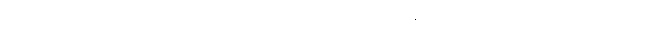
အဝေါစ၊ အဘယ်သို့ မိန့်တော်မူသနည်း။ မဟာရာဇ၊ မင်းမြတ်။ ဣမဿ စက္ကဿ၊